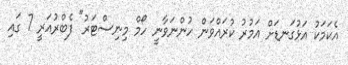
އެކަމަކު އަޅުގަނޑަށް އަމުރު ކުރައްވަން ހުންނަވާނީ ހޯމް މިނިސްޓަރު" ފެބްރުއަރީ 7 ގައި